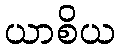
ယာစိယ